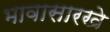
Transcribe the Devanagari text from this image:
भावासारखे